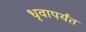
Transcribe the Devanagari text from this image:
धृवापर्यंत